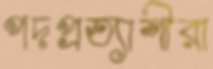
পদপ্রত্যাশীরা